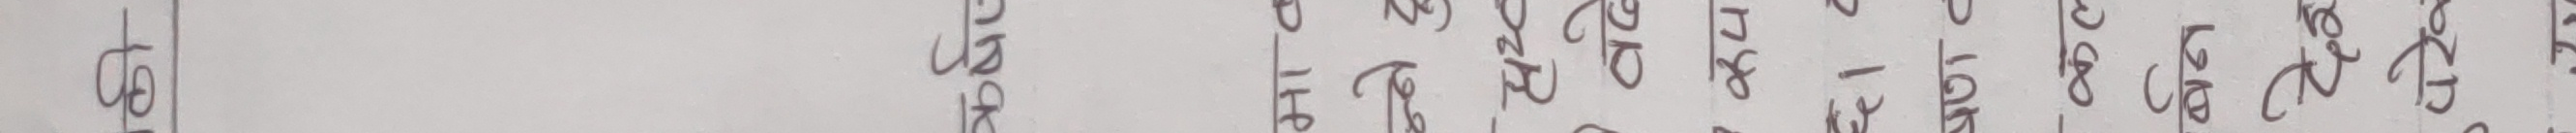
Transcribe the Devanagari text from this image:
छो.